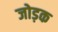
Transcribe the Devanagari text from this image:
जोड़क